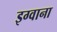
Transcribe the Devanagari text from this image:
इग्वाना